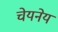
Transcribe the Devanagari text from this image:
चेयनेय